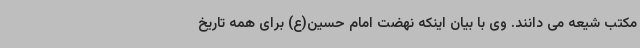
مکتب شیعه می دانند. وی با بیان اینکه نهضت امام حسین(ع) برای همه تاریخ